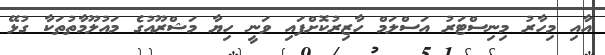
އާއި މިހާރު މިނިސްޓަރު އަސްލަމް ހާޒިރުކޮށްފައި ވަނީ ހިޔާ މަޝްރޫއުގެ މައުލޫމާތުތަކާ ގުޅޭ